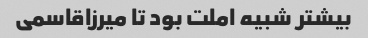
بیشتر شبیه املت بود تا میرزاقاسمی